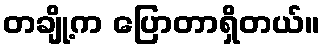
တချို့က ပြောတာရှိတယ်။